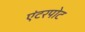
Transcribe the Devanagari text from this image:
एंटरपोट